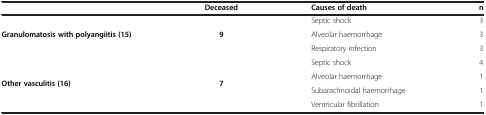
<table><thead><tr><td><b> </b></td><td><b>Deceased</b></td><td><b>Causes of death</b></td><td><b>n</b></td></tr></thead><tbody><tr><td rowspan="3"><b>Granulomatosis with polyangiitis (15)</b></td><td rowspan="3"><b>9</b></td><td>Septic shock</td><td>3</td></tr><tr><td>Alveolar haemorrhage</td><td>3</td></tr><tr><td>Respiratory infection</td><td>3</td></tr><tr><td rowspan="4"><b>Other vasculitis (16)</b></td><td rowspan="4"><b>7</b></td><td>Septic shock</td><td>4</td></tr><tr><td>Alveolar haemorrhage</td><td>1</td></tr><tr><td>Subarachnoidal haemorrhage</td><td>1</td></tr><tr><td>Ventricular fibrillation</td><td>1</td></tr></tbody></table>